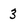
Character: 3